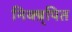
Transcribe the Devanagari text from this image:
निक्ष्र्पित